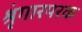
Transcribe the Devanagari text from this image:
श्रृंगारपरक